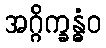
အဂ္ဂိက္ခန္ဓံဝ